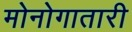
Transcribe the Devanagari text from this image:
मोनोगातारी